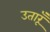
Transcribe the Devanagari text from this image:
उतारूँ